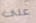
على